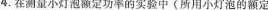
4.在测量小灯泡额定功率的实验中(所用小灯泡的额定